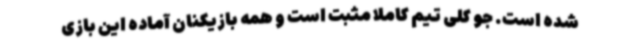
شده است. جو کلی تیم کاملا مثبت است و همه بازیکنان آماده این بازی